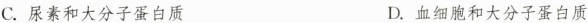
C.尿素和大分子蛋白质 D.血细胞和大分子蛋白质